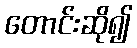
တောင်းဆို၍